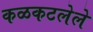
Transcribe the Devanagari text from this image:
कळकटलेले